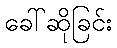
ခေါ်ဆိုခြင်း